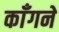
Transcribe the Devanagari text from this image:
काँगने